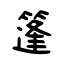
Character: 篷